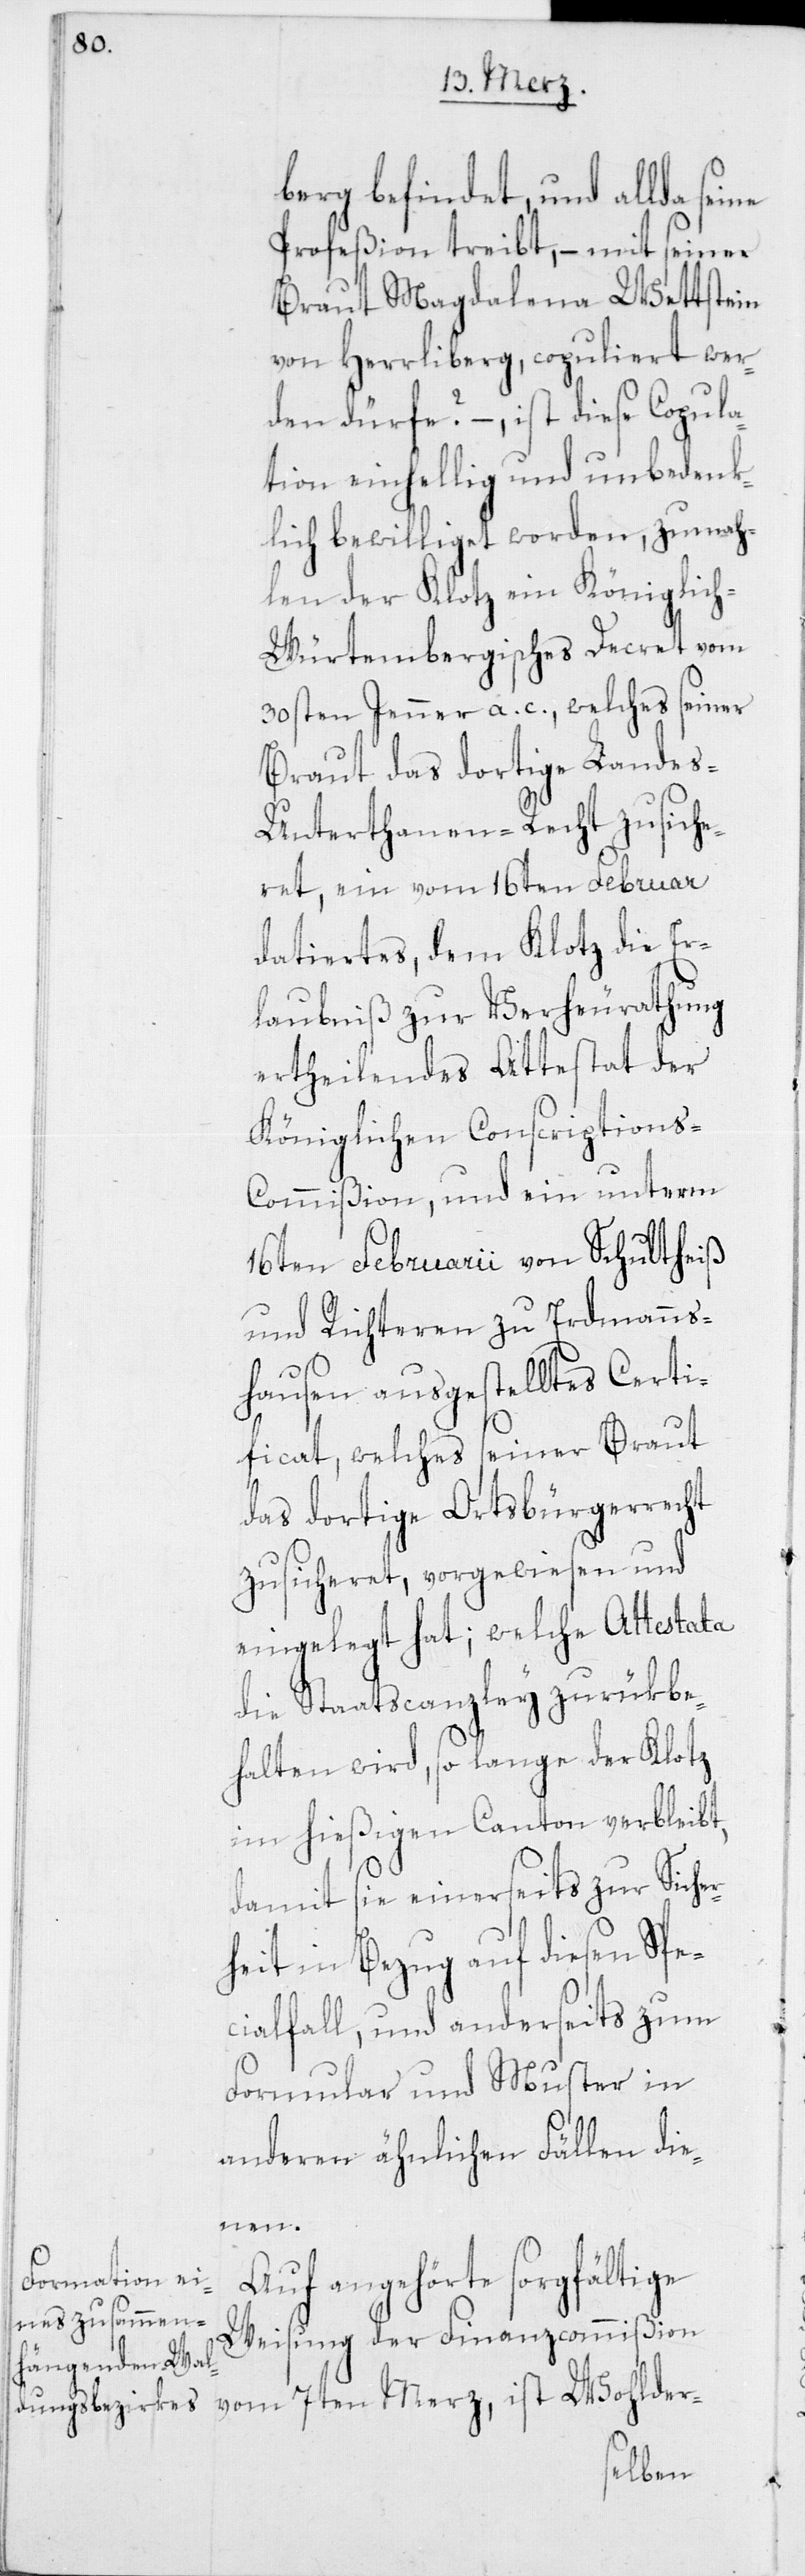
berg befindet, und allda
Profeßion treibt, – mit seiner
Braut Magdalena Wettstein
von Herrliberg, copuliert wer¬
den dürfe? – ist diese Copula¬
tion einhellig und unbedenk¬
lich bewilliget worden, zumah¬
len der Klotz ein Königlic¬
h-Würtembergisches Decret vom
30sten Jenner a. c., welches seiner
Braut das dortige Lande¬
s-Unterthanen-Recht zusiche¬
ret, ein vom 16ten Februar
datiertes, dem Klotz die Er¬
laubniß zur Verheurathung
ertheilendes Attestat der
Königlichen Conscription¬
s-Commißion, und ein unterm
16ten Februarii von Schultheiß
und Richteren zu Erdmanns¬
hausen ausgestelltes Certi¬
ficat, welches seiner Braut
das dortige Ortsbürgerrecht
zusicheret, vorgewiesen und
eingelegt hat; welche Attestata
die Staatscanzley zurükbe¬
halten wird, so lange der Klotz
im hießigen Canton verbleibt,
damit sie einerseits zur Siche¬
rheit in Bezug auf diesen Spe¬
cialfall, und anderseits zum
Formular und Muster in
anderen ähnlichen Fällen die¬
nen.
Auf angehörte sorgfältige
Weisung der Finanzcommißion
vom 7ten Merz, ist Wohlder-